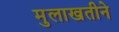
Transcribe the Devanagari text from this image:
मुलाखतीने